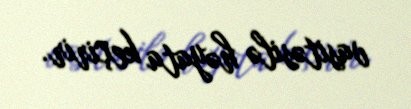
vasitəsilə həyata keçirir.